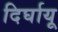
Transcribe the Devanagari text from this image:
दिर्घायू